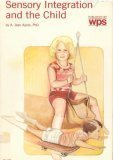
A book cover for Sensory Integration and the Child; A. Jean Ayres; Health, Fitness & Dieting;